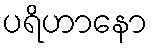
ပရိဟာနော